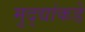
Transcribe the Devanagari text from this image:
मुद्‍द्यांकडे